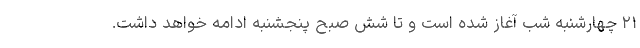
۲۱ چهارشنبه شب آغاز شده است و تا شش صبح پنجشنبه ادامه خواهد داشت.